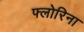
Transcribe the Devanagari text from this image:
फ्लोरिना